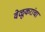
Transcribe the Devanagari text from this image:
वेळूकरांचा